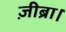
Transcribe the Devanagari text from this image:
ज़ीब्रा।